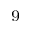
^ 9